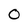
Character: 0